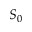
S _ { 0 }